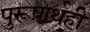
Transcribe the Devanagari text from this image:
पुरूषार्थही